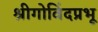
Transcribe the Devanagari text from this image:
श्रीगोविंदप्रभू